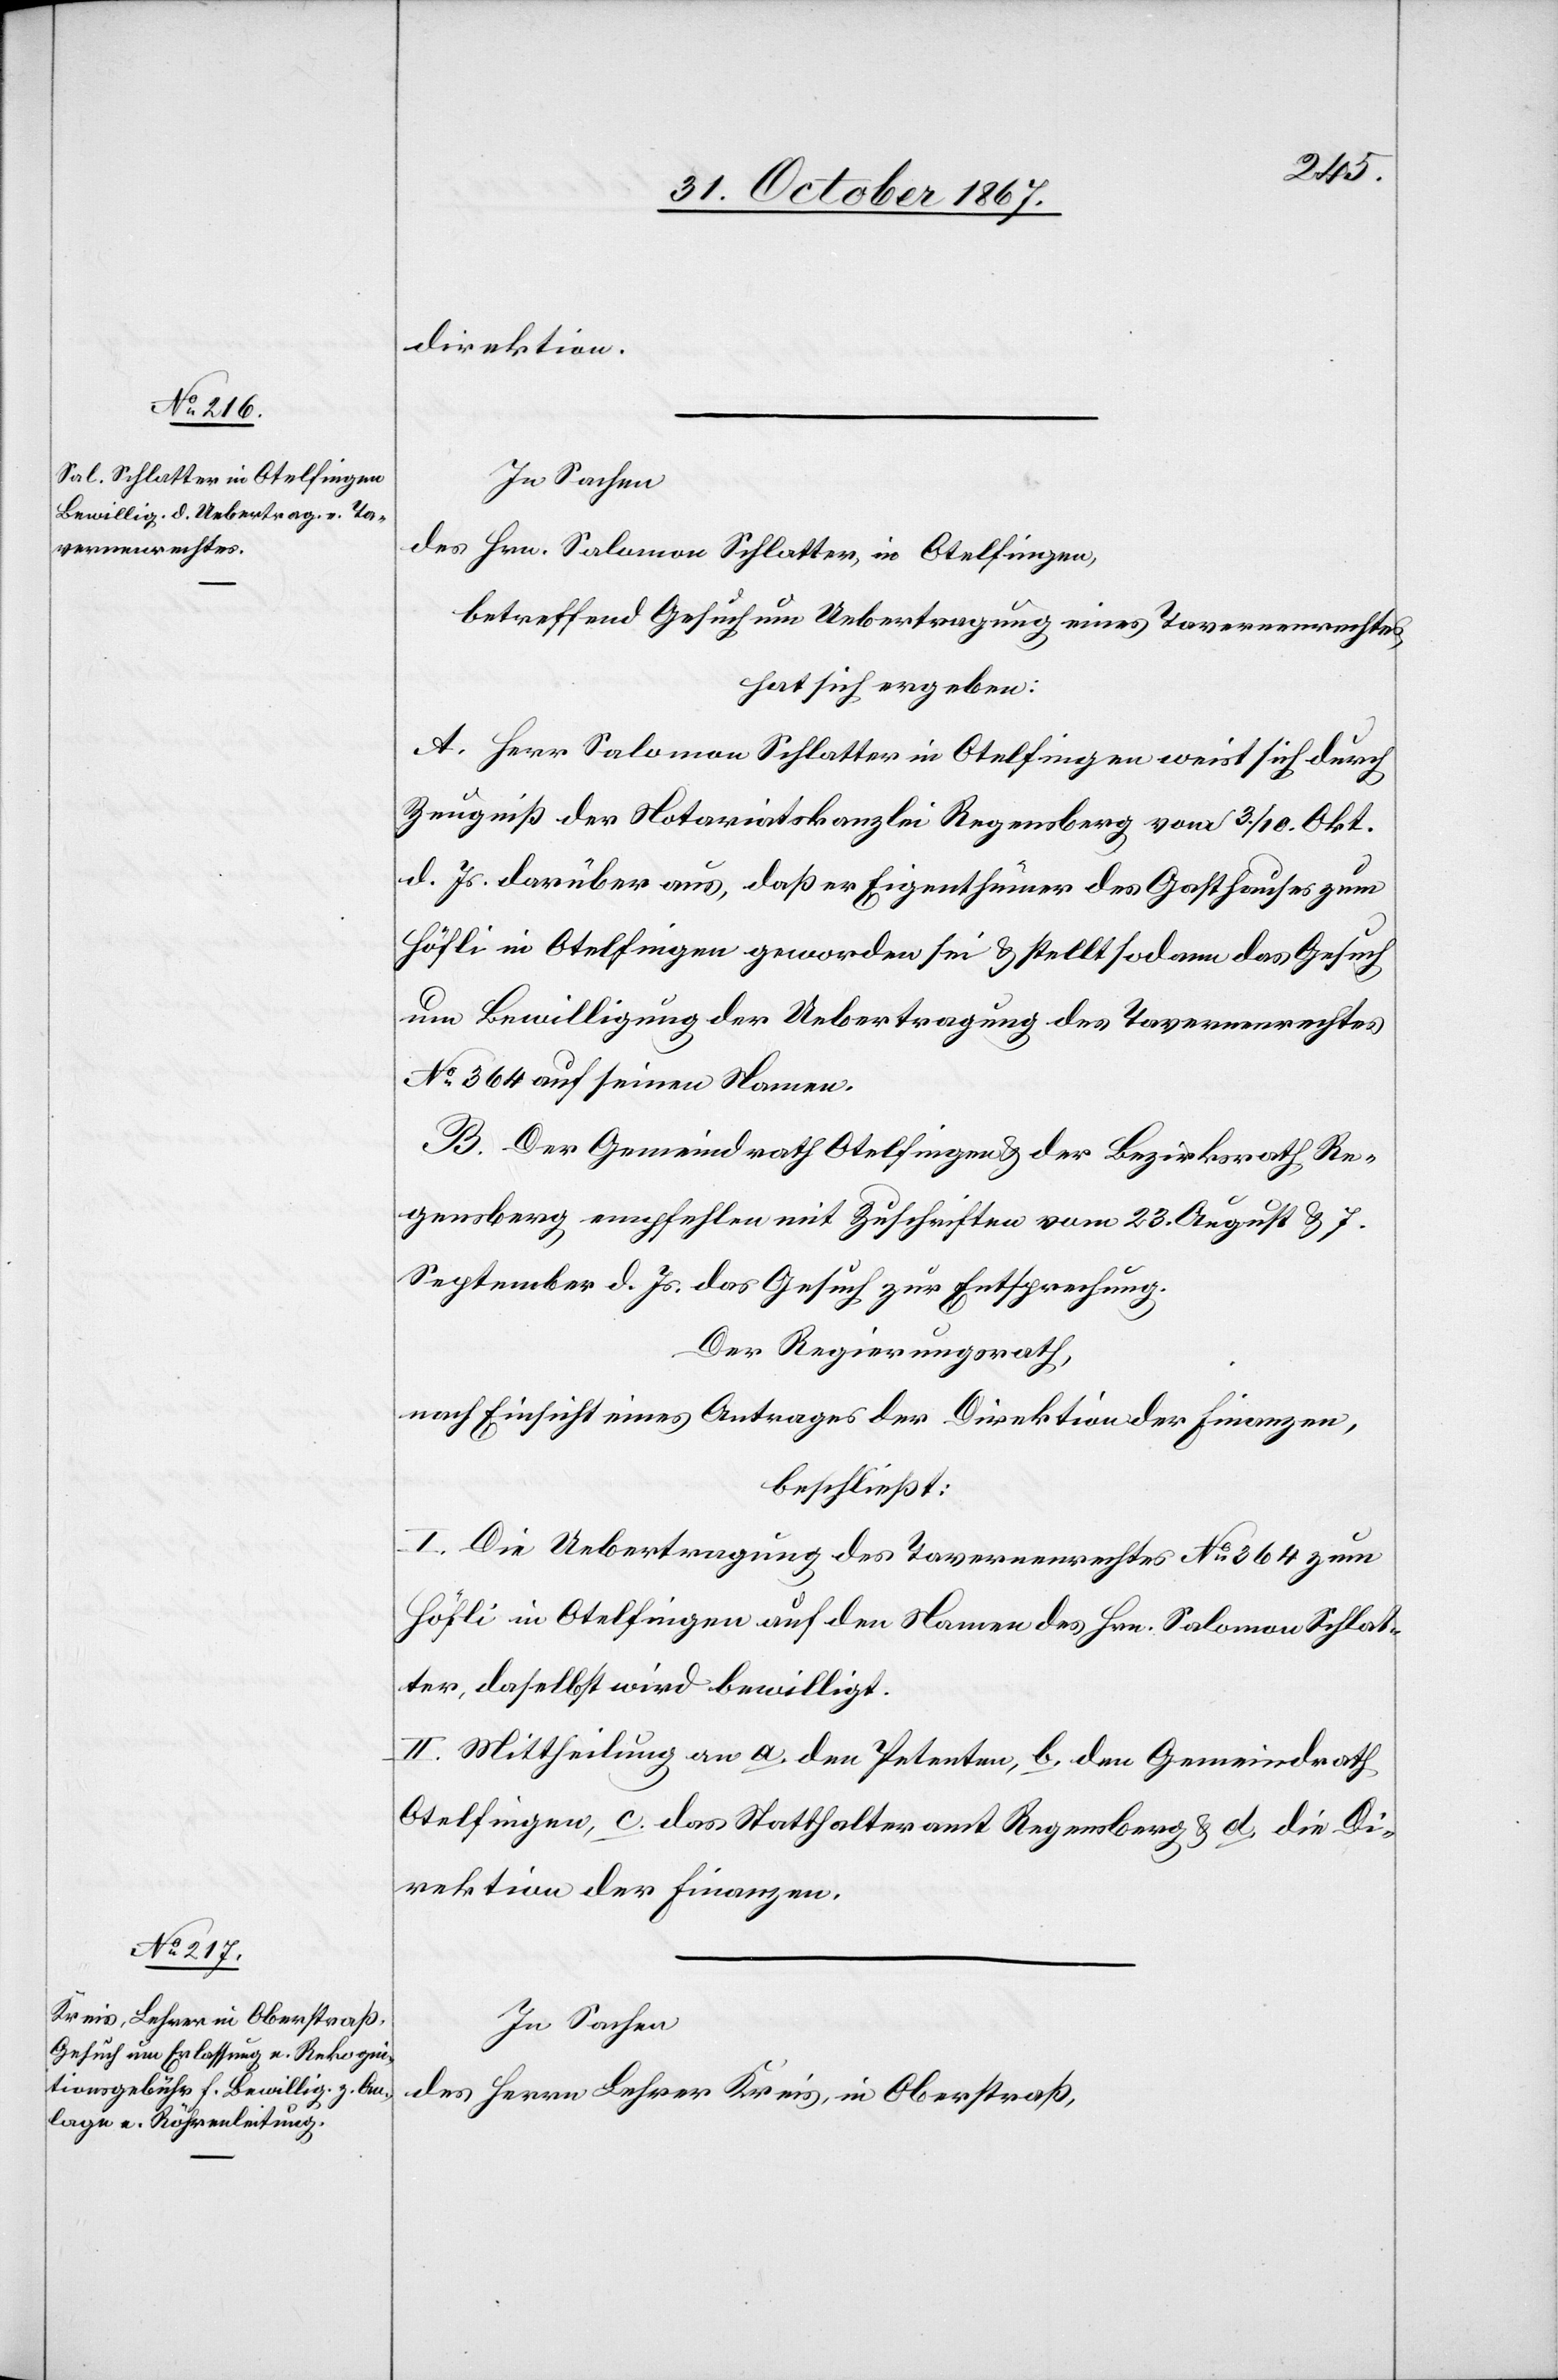
direktion.
In Sachen
des Hrn. Salomon Schlatter, in Otelfingen,
betreffend Gesuch um Uebertragung eines Tavernenrechtes,
hat sich ergeben:
A. Herr Salomon Schlatter in Otelfingen weist sich durch
Zeugniß der Notariatskanzlei Regensberg vom 3./10. Okt.
d. Js. darüber aus, daß er Eigenthümer des Gasthauses zum
Höfli in Otelfingen geworden sei u. stellt sodann das Gesuch
um Bewilligung der Uebertragung des Tavernenrechtes
No. 364 auf seinen Namen.
B. Der Gemeindrath Otelfingen u. der Bezirksrath Re¬
gensberg empfehlen mit Zuschriften vom 23. August u. 7.
September d. Js. das Gesuch zur Entsprechung.
Der Regierungsrath,
nach Einsicht eines Antrages der Direktion der Finanzen,
beschließt:
I. Die Uebertragung des Tavernenrechtes No. 364 zum
Höfli in Otelfingen auf den Namen des Hrn. Salomon Schlat¬
ter, daselbst, wird bewilligt.
II. Mittheilung an a. den Petenten, b. den Gemeindrath
Otelfingen, c. das Statthalteramt Regensberg, u. d. die Di¬
rektion der Finanzen.
In Sachen
des Herren Lehrer Kreis, in Oberstraß,